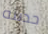
حديثه